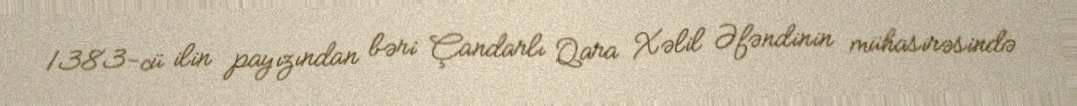
1383-cü ilin payızından bəri Çandarlı Qara Xəlil Əfəndinin mühasirəsində